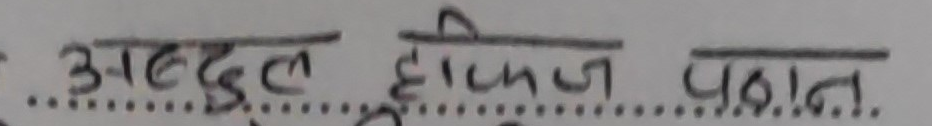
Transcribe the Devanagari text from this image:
अब्दुल हाफिज पठान